Mental hospitals Bombay report 1929-33 - 1929-1933
Year: 1929
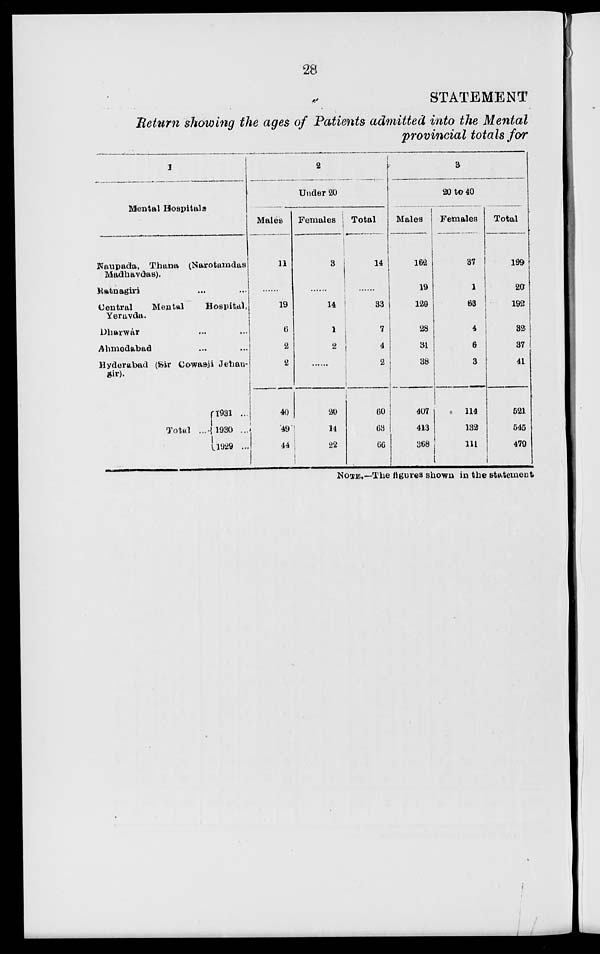
28
STATEMENT
Return showing the ages of Patients admitted into the Mental
provincial totals for
1
Mental Hospitals
Naupada, Thana (Narotamdas
Madhavdas).
Ratnagiri ... ...
Central
Mental
Hospital,
Yeravda.
Dharwár ... ...
Ahmedabad ... ...
Hyderabad (Sir Cowasji Jehan-
sir).
Total ...
1931 ...
1930 ...
1929 ...
2
Under 20
Males
11
......
19
6
2
2
40
49
44
Females
5
......
14
1
2
......
20
14
22
Total
14
......
33
7
4
2
60
63
66
3
20 to 40
Males
162
19
129
28
31
37
407
413
368
Females
37
1
63
4
6
3
111
132
111
Total
199
20
192
32
37
41
521
545
479
NOTE.—The figures shown in the statement